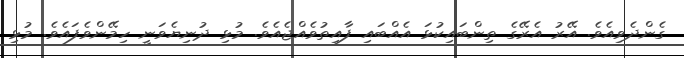
ގެންދެވިއެވެ. އޭރު އެރޭގެ ތިންބައިކުޅަ އެއްބައި ފާއިތުވެއްޖެއެވެ. މުޅި ދުނިޔެވަނީ ހިމޭންވެފައެވެ. މުޅި